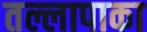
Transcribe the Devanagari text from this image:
तल्लापाका